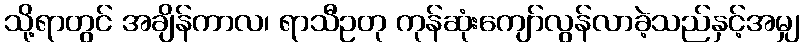
သို့ရာတွင် အချိန်ကာလ၊ ရာသီဥတု ကုန်ဆုံးကျော်လွန်လာခဲ့သည်နှင့်အမျှ